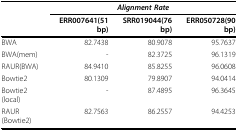
|  | <COLSPAN=3> Alignment Rate |
 |  | ERR007641(51 bp) | SRR019044(76 bp) | ERR050728(90 bp) |
 | --- | --- | --- | --- |
 | BWA | 82.7438 | 80.9078 | 95.7637 |
 | BWA(mem) | - | 82.3725 | 96.1319 |
 | RAUR(BWA) | 84.9410 | 85.8255 | 96.0608 |
 | Bowtie2 | 80.1309 | 79.8907 | 94.0414 |
 | Bowtie2(local) | - | 87.4895 | 96.3645 |
 | RAUR(Bowtie2) | 82.7563 | 86.2557 | 94.4253 |